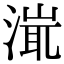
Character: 𣹵